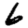
Digit: 6